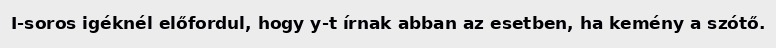
I-soros igéknél előfordul, hogy y-t írnak abban az esetben, ha kemény a szótő.